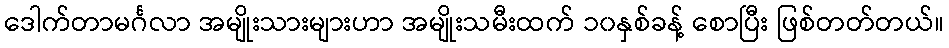
ဒေါက်တာမင်္ဂလာ အမျိုးသားများဟာ အမျိုးသမီးထက် ၁၀နှစ်ခန့် စောပြီး ဖြစ်တတ်တယ်။